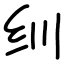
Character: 𬘓